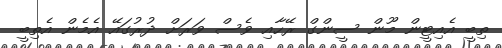
ތިބީ އެއިޓީން މޫން ސީންގް ރޭހާއި ވެސް ވަރަށް ދުުރުގައޭ އެމެން އެތިބީ